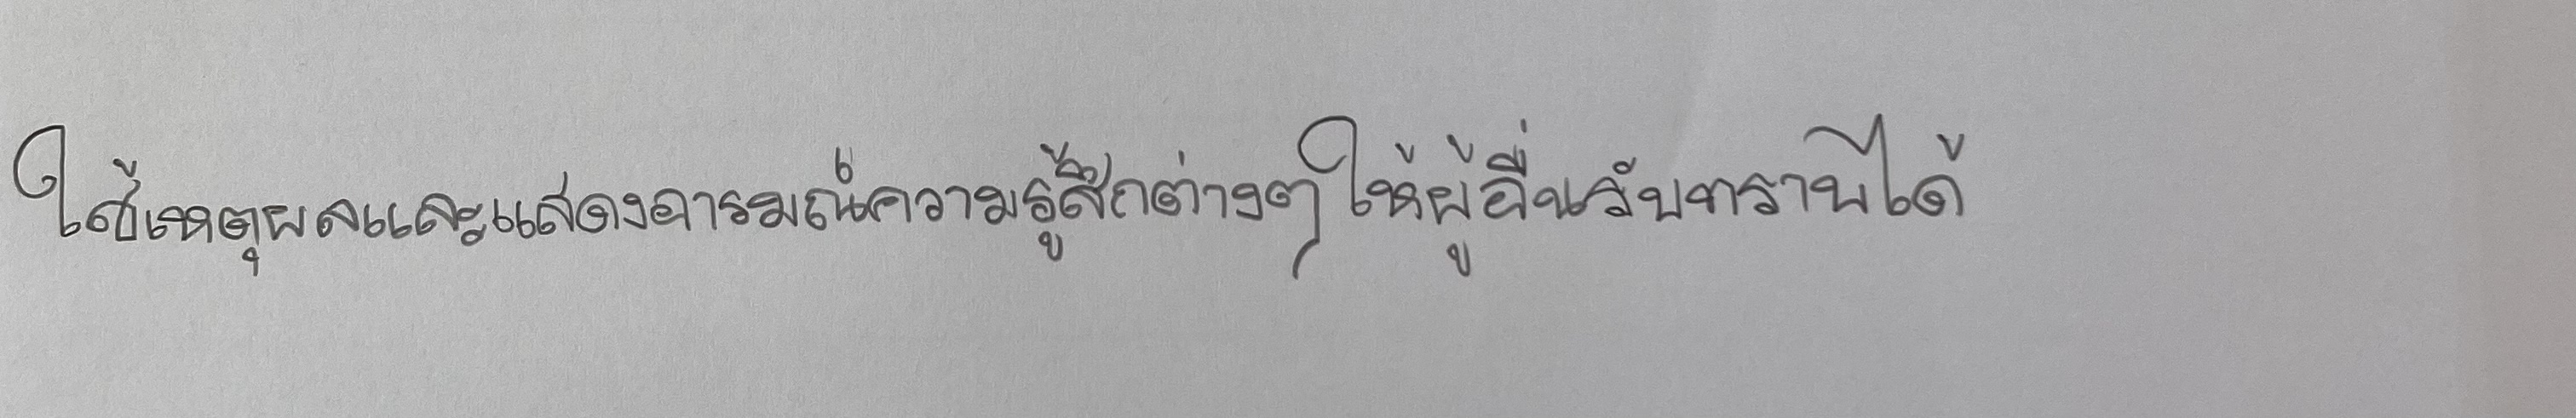
ให้เหตุผลและแสดงอารมณ์ความรู้สึกต่างๆให้ผู้อื่นรับทราบได้